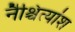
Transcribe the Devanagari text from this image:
नैश्चित्यांश